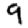
Digit: 9